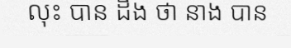
លុះ បាន ដឹង ថា នាង បាន